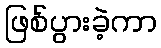
ဖြစ်ပွားခဲ့ကာ